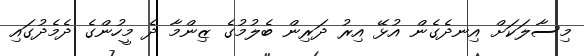
މިސާލަކަށް އިނދެގެން އުޅޭ އިރު ދަރިން ބެލުމުގެ ޒިންމާ ދެ މީހުންގެ ދެމެދުގައި